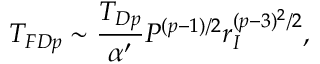
T _ { F D p } \sim \frac { T _ { D p } } { \alpha ^ { \prime } } P ^ { ( p - 1 ) / 2 } r _ { I } ^ { ( p - 3 ) ^ { 2 } / 2 } ,